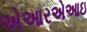
એઆરએઆઇ